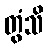
တွံသိ